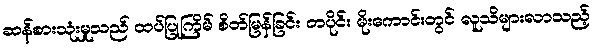
ဆန်စားသုံးမှုသည် ထပ်ပြုကြိမ် စိတ်မြန်ခြင်း တပိုင်း မိုးကောင်းတွင် လူသိများလာသည့်